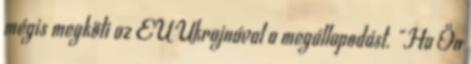
mégis megköti az EU Ukrajnával a megállapodást. "Ha Ön